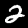
Digit: 2